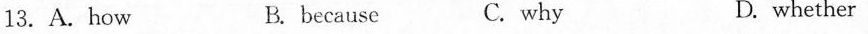
13.A.how B. because C. why D. whether